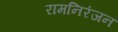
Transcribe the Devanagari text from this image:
रामनिरंजन